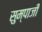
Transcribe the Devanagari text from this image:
सुम्पाजी